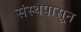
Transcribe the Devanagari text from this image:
संस्थेपासून